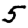
Digit: 5